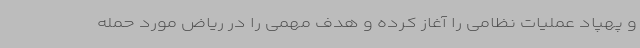
و پهپاد عملیات نظامی را آغاز کرده و هدف مهمی را در ریاض مورد حمله